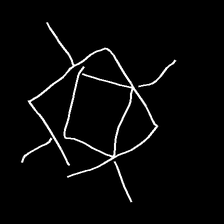
Glyph: light